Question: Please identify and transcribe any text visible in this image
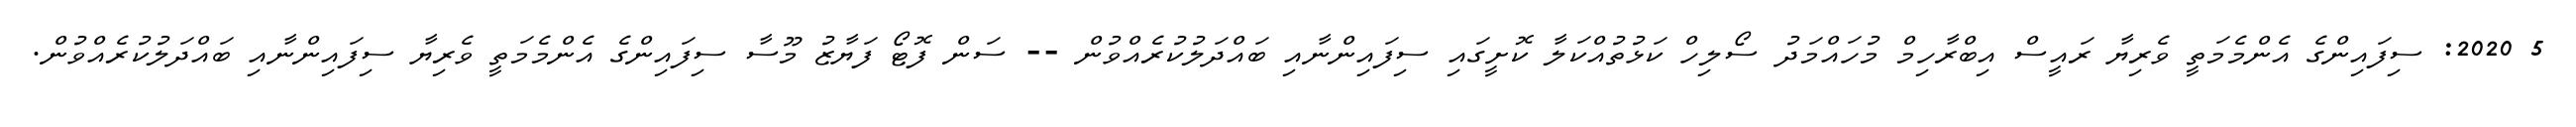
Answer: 5 2020: ސިފައިންގެ އެންމެމަތީ ވެރިޔާ ރައީސް އިބްރާހިމް މުހައްމަދު ސޯލިހް ކަޅުތުއްކަލާ ކޮށީގައި ސިފައިންނާއި ބައްދަލުކުރެއްވުން -- ސަން ފޮޓޯ ފަޔާޒު މޫސާ ސިފައިންގެ އެންމެމަތީ ވެރިޔާ ސިފައިންނާއި ބައްދަލުކުރެއްވުން.